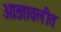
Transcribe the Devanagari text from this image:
आज्ञावलीत